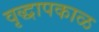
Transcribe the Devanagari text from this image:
वृद्धापकाळ